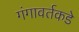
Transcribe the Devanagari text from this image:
गंगावर्तकडे